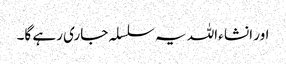
اور انشا ءاللہ یہ سلسلہ جاری رہے گا۔